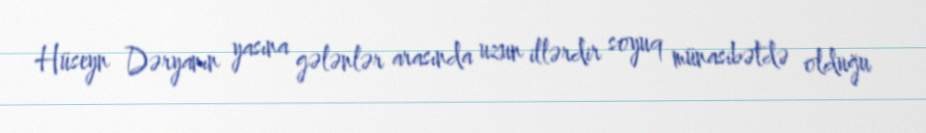
Hüseyn Dəryanın yasına gələnlər arasında uzun illərdir soyuq münasibətdə olduğu